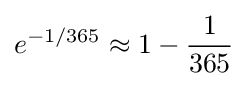
e^{-1/365}\approx 1-{\frac {1}{365}}